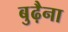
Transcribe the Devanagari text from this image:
बुढ़ैना